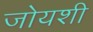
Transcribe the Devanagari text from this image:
जोयशी